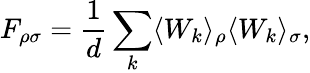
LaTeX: F_{\rho\sigma}=\frac{1}{d}\sum_{k}\langle W_{k}\rangle_{\rho}\langle W_{k}\rangle_{\sigma},